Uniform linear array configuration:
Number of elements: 12
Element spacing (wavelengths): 1
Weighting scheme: uniform
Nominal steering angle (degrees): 45
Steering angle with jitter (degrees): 44.873
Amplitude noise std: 0.05
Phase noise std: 0.05

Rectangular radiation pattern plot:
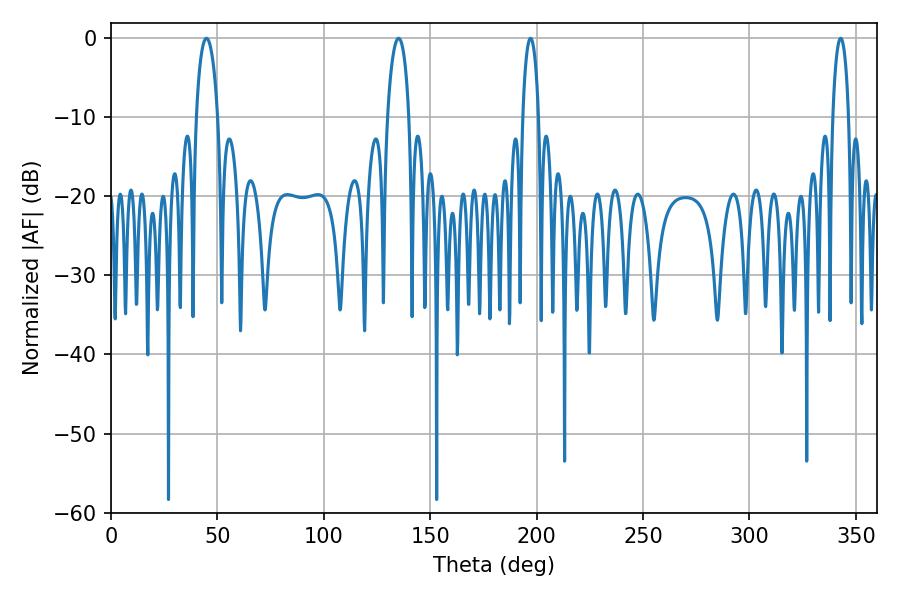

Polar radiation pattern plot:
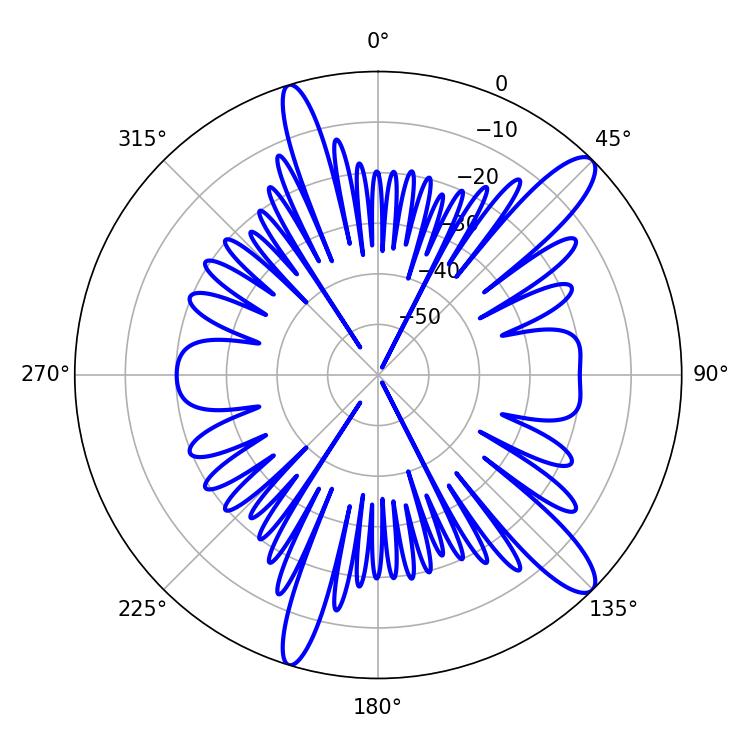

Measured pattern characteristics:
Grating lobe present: TRUE
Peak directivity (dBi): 12.589
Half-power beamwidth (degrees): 5.76
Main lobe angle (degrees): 135.18